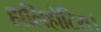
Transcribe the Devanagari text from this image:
हालिहोटिस।